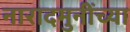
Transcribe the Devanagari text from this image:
नारादमुनींच्या